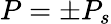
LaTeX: P=\pm P_{s}